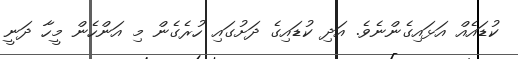
ކުޑައެއް އަޅައިގެންނެވެ. އަދި ކުޑައިގެ ދަށުގައި ހުރެގެން މި އަންހެން މީހާ ދަނީ